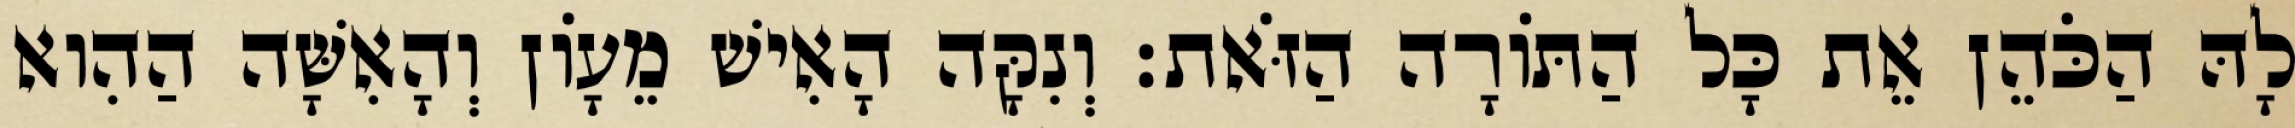
לָהּ הַכֹּהֵן אֵת כָּל הַתּוֹרָה הַזֹּאת׃ וְנִקָּה הָאִישׁ מֵעָוֹן וְהָאִשָּׁה הַהִוא